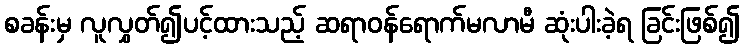
စခန်းမှ လူလွှတ်၍ပင့်ထားသည့် ဆရာဝန်ရောက်မလာမီ ဆုံးပါးခဲ့ရ ခြင်းဖြစ်၍